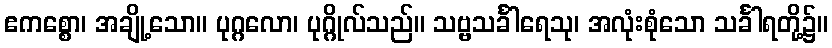
ဧကစ္စော၊ အချို့သော။ ပုဂ္ဂလော၊ ပုဂ္ဂိုလ်သည်။ သဗ္ဗသင်္ခါရေသု၊ အလုံးစုံသော သင်္ခါရတို့၌။